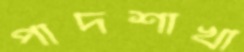
পাদশাখা